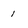
Character: 1